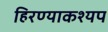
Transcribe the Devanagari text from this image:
हिरण्याकश्यप